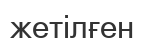
жетілғен